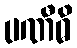
ပဏီဓိ